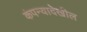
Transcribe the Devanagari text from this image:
कंपन्यादेखील